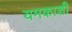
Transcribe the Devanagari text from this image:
यमकाशी